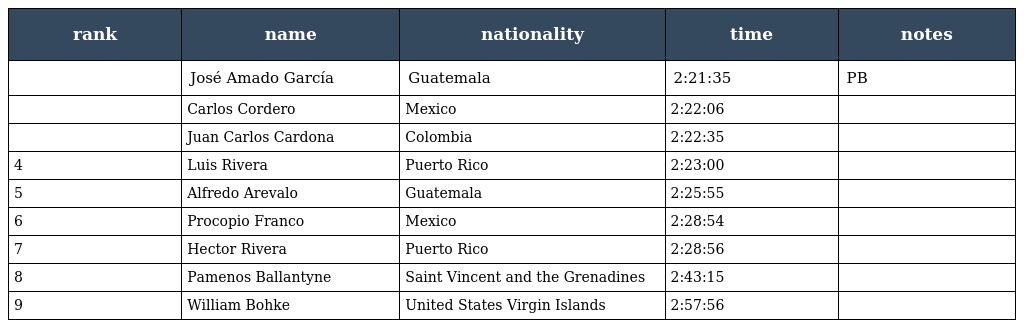
| rank | name | nationality | time | notes |
 | --- | --- | --- | --- | --- |
 |  | José Amado García | Guatemala | 2:21:35 | PB |
 |  | Carlos Cordero | Mexico | 2:22:06 |  |
 |  | Juan Carlos Cardona | Colombia | 2:22:35 |  |
 | 4 | Luis Rivera | Puerto Rico | 2:23:00 |  |
 | 5 | Alfredo Arevalo | Guatemala | 2:25:55 |  |
 | 6 | Procopio Franco | Mexico | 2:28:54 |  |
 | 7 | Hector Rivera | Puerto Rico | 2:28:56 |  |
 | 8 | Pamenos Ballantyne | Saint Vincent and the Grenadines | 2:43:15 |  |
 | 9 | William Bohke | United States Virgin Islands | 2:57:56 |  |